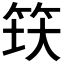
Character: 𬔺